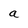
Character: a